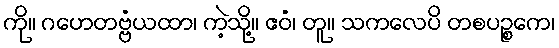
ကို။ ဂဟေတဗ္ဗံယထာ၊ ကဲ့သို့။ ဧဝံ၊ တူ။ သကလေပိ တစပဉ္စကေ၊